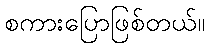
စကားပြောဖြစ်တယ်။